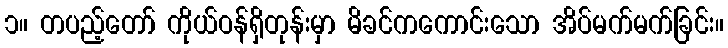
၁။ တပည့်တော် ကိုယ်ဝန်ရှိတုန်းမှာ မိခင်ကကောင်းသော အိပ်မက်မက်ခြင်း။